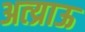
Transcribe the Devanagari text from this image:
अत्य्राऊ